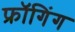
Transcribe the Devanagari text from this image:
फ्रॉगिंग